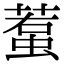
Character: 𧍷